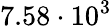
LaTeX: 7.58\cdot 10^{3}